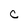
Character: c